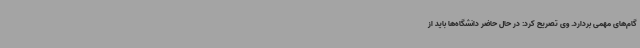
گام‌های مهمی بردارد. وی تصریح کرد: در حال حاضر دانشگاه‌ها باید از